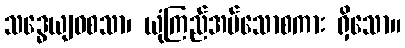
သဒ္ဓေယျဝစသာ၊ ယုံကြည်အပ်သောစကား ရှိသော။